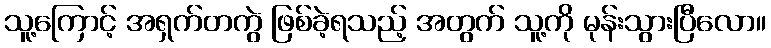
သူ့ကြောင့် အရှက်တကွဲ ဖြစ်ခဲ့ရသည့် အတွက် သူ့ကို မုန်းသွားပြီလော။